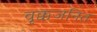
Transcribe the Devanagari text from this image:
वृक्कजनित